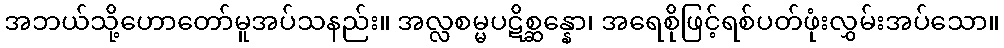
အဘယ်သို့ဟောတော်မူအပ်သနည်း။ အလ္လစမ္မပဋိစ္ဆန္နော၊ အရေစိုဖြင့်ရစ်ပတ်ဖုံးလွှမ်းအပ်သော။